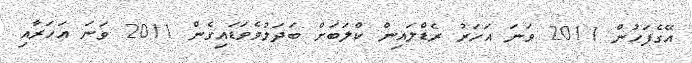
އޭގެފަހުން 2011 ވަނަ އަހަރު ރެޑްލައިން ކްލަބަށް ބަދަލުވެވަޑައިގެން 2011 ވަނަ އަހަރާއި